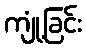
ကျုံ့ခြင်း